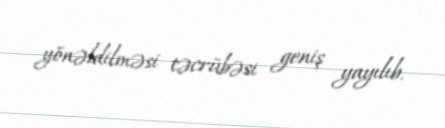
yönəldilməsi təcrübəsi geniş yayılıb.